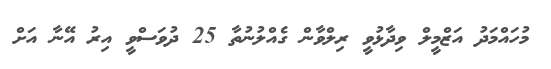
މުހައްމަދު އަޒްމީލް ވިދާޅުވީ ރިލްވާން ގެއްލުނުތާ 25 ދުވަސްވީ އިރު އޭނާ އަށް